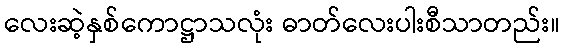
လေးဆဲ့နှစ်ကောဋ္ဌာသလုံး ဓာတ်လေးပါးစီသာတည်း။